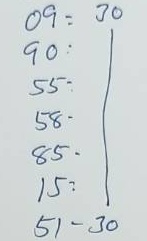
09 = 30
90 = 30
55 = 30
58 = 30
85 = 30
15 = 30
51 = 30